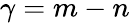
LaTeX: \gamma=m-n